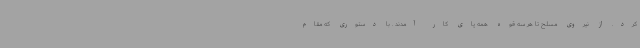
کرد. از نیروی مسلح تا هر سه قوه همه پای کار آمدند . با دستوری که مقام